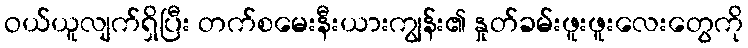
ဝယ်ယူလျက်ရှိပြီး တက်စမေးနီးယားကျွန်း၏ နှုတ်ခမ်းဖူးဖူးလေးတွေကို